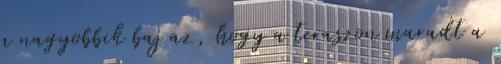
a nagyobbik baj az, hogy a teraszon maradt a